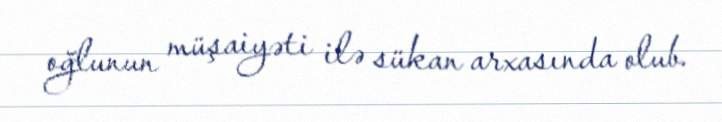
oğlunun müşaiyəti ilə sükan arxasında olub.